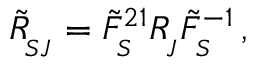
\tilde { R } _ { _ { \! S J } } ^ { } = \tilde { F } _ { _ { \! S } } ^ { 2 1 } R _ { _ { \! J } } ^ { } \tilde { F } _ { _ { \! S } } ^ { - 1 } \, ,